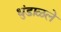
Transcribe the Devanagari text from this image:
धुंडाळले